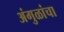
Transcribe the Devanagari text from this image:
अंगुळांचा